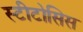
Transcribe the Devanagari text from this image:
स्टीटोसिस